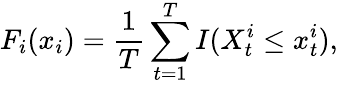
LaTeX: F_{i}(x_{i})=\frac{1}{T}\sum_{t=1}^{T}{I(X_{t}^{i}\leq x_{t}^{i})},